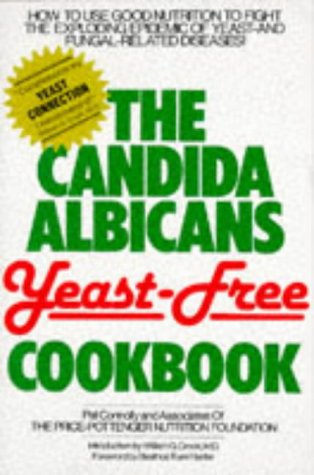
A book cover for The Candida Albicans Yeast-Free Cookbook; Pat Connolly; Health, Fitness & Dieting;